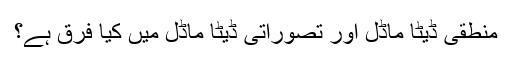
منطقی ڈیٹا ماڈل اور تصوراتی ڈیٹا ماڈل میں کیا فرق ہے؟